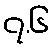
၇.၆